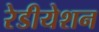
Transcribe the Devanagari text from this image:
रेडीयेशन